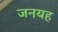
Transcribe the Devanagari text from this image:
जनयह